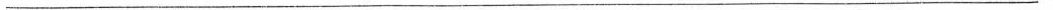
______________________________